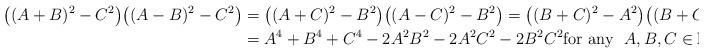
LaTeX: \begin{align*}\big((A+B)^2-C^2\big)\big((A-B)^2-C^2\big) & = \big((A+C)^2-B^2\big)\big((A-C)^2-B^2\big)= \big((B+C)^2-A^2\big)\big((B+C)^2-A^2\big)\\ & = A^4+B^4+C^4-2A^2B^2-2A^2C^2-2B^2C^2 \mbox{for any} \ \ A,B,C\in \mathbb{R},\end{align*}